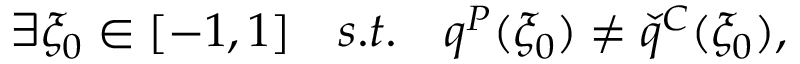
\exists \xi _ { 0 } \in [ - 1 , 1 ] \quad s . t . \quad q ^ { P } ( \xi _ { 0 } ) \neq \check { q } ^ { C } ( \xi _ { 0 } ) ,